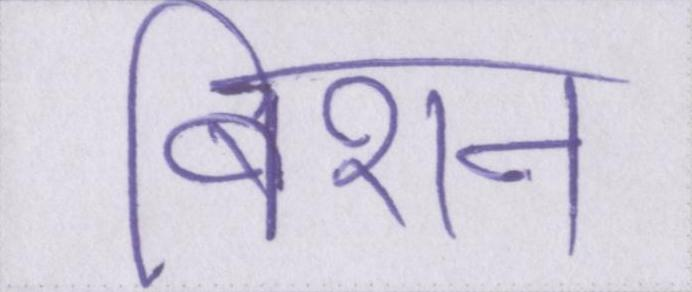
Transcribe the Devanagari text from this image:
बिशन